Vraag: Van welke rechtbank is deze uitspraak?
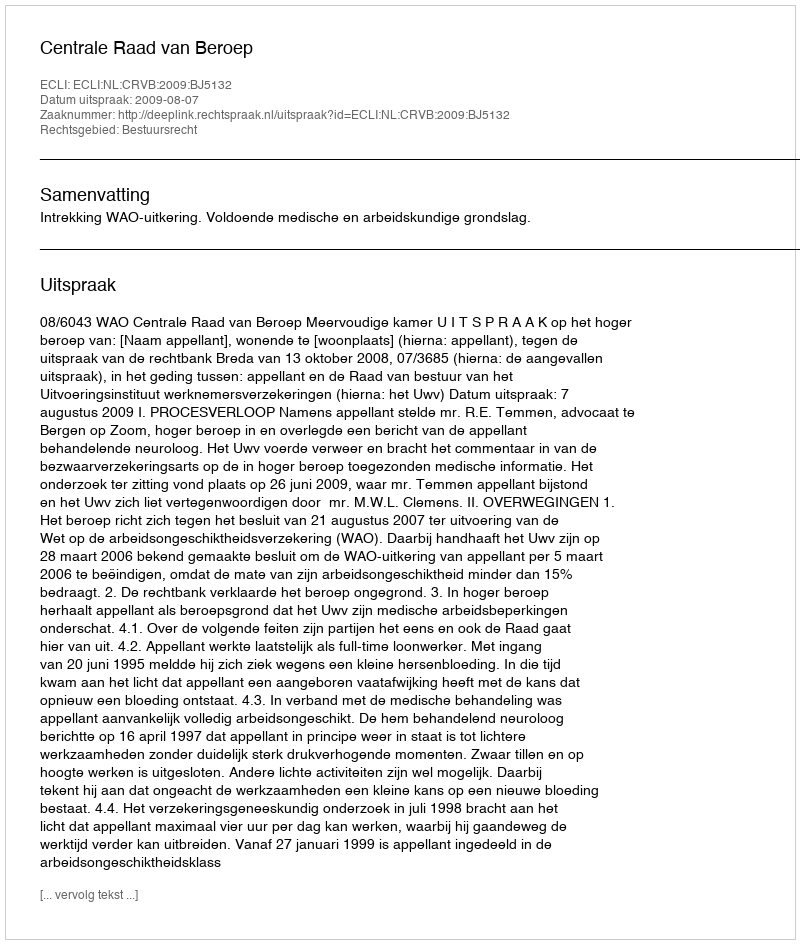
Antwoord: Centrale Raad van Beroep